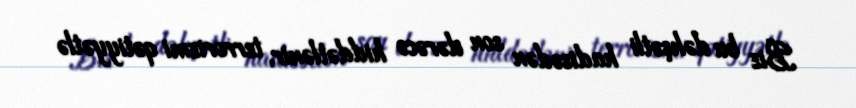
Biz bu dəhşətli hadisədən son dərəcə hiddətlənir, terrorizmi qətiyyətlə